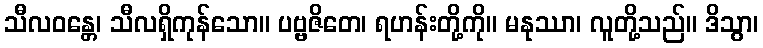
သီလဝန္တေ၊ သီလရှိကုန်သော။ ပဗ္ဗဇိတေ၊ ရဟန်းတို့ကို။ မနုဿာ၊ လူတို့သည်။ ဒိသွာ၊